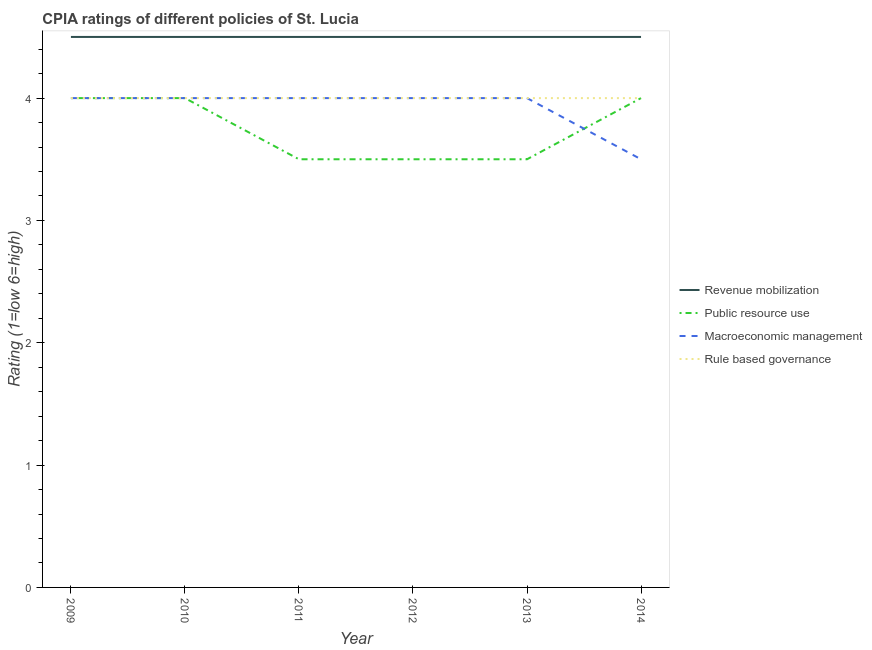
| Year | Revenue mobilization | Public resource use | Macroeconomic management | Rule based governance |
 | --- | --- | --- | --- | --- |
 | 2009 | 4.5 | 4 | 4 | 4 |
 | 2010 | 4.5 | 4 | 4 | 4 |
 | 2011 | 4.5 | 3.5 | 4 | 4 |
 | 2012 | 4.5 | 3.5 | 4 | 4 |
 | 2013 | 4.5 | 3.5 | 4 | 4 |
 | 2014 | 4.5 | 4 | 3.5 | 4 |